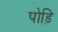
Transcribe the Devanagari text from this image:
पोड़ि